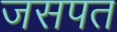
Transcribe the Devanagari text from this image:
जसपत